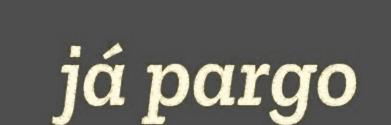
já pargo